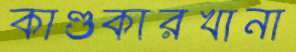
কাণ্ডকারখানা